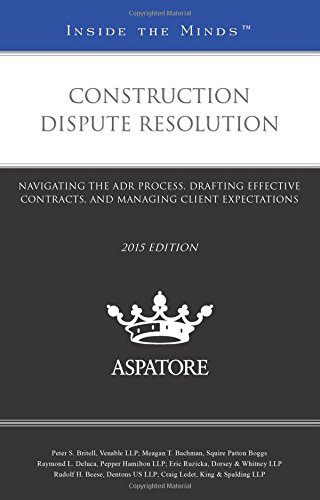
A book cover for Construction Dispute Resolution, 2015 ed.:Navigating the ADR Process, Drafting Effective Contracts, and Managing Client Expectations (Inside the Minds); Multiple Authors; Law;